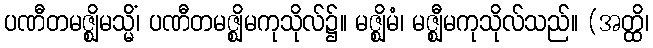
ပဏီတမဇ္ဈိမသ္မိံ၊ ပဏီတမဇ္ဈိမကုသိုလ်၌။ မဇ္ဈိမံ၊ မဇ္ဈီမကုသိုလ်သည်။ (အတ္ထိ၊